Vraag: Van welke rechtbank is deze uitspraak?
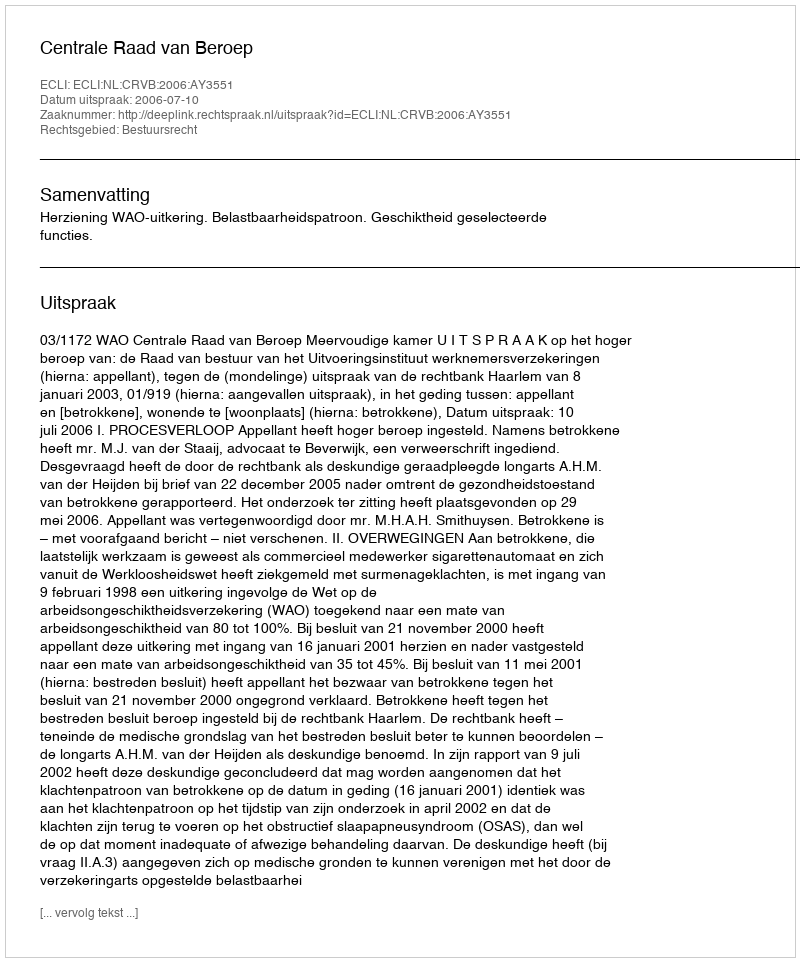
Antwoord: Centrale Raad van Beroep